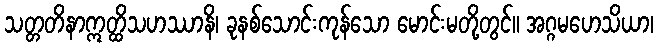
သတ္တတိနာဣတ္ထိသဟဿာနိ၊ ခုနစ်သောင်းကုန်သော မောင်းမတို့တွင်။ အဂ္ဂမဟေသိယာ၊